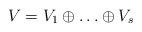
LaTeX: \begin{align*}V=V_1\oplus\ldots\oplus V_s\end{align*}